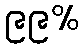
၉၉%